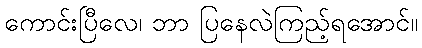
ကောင်းပြီလေ၊ ဘာ ပြနေလဲကြည့်ရအောင်။